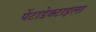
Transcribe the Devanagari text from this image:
पेंटाडेक्टाइला